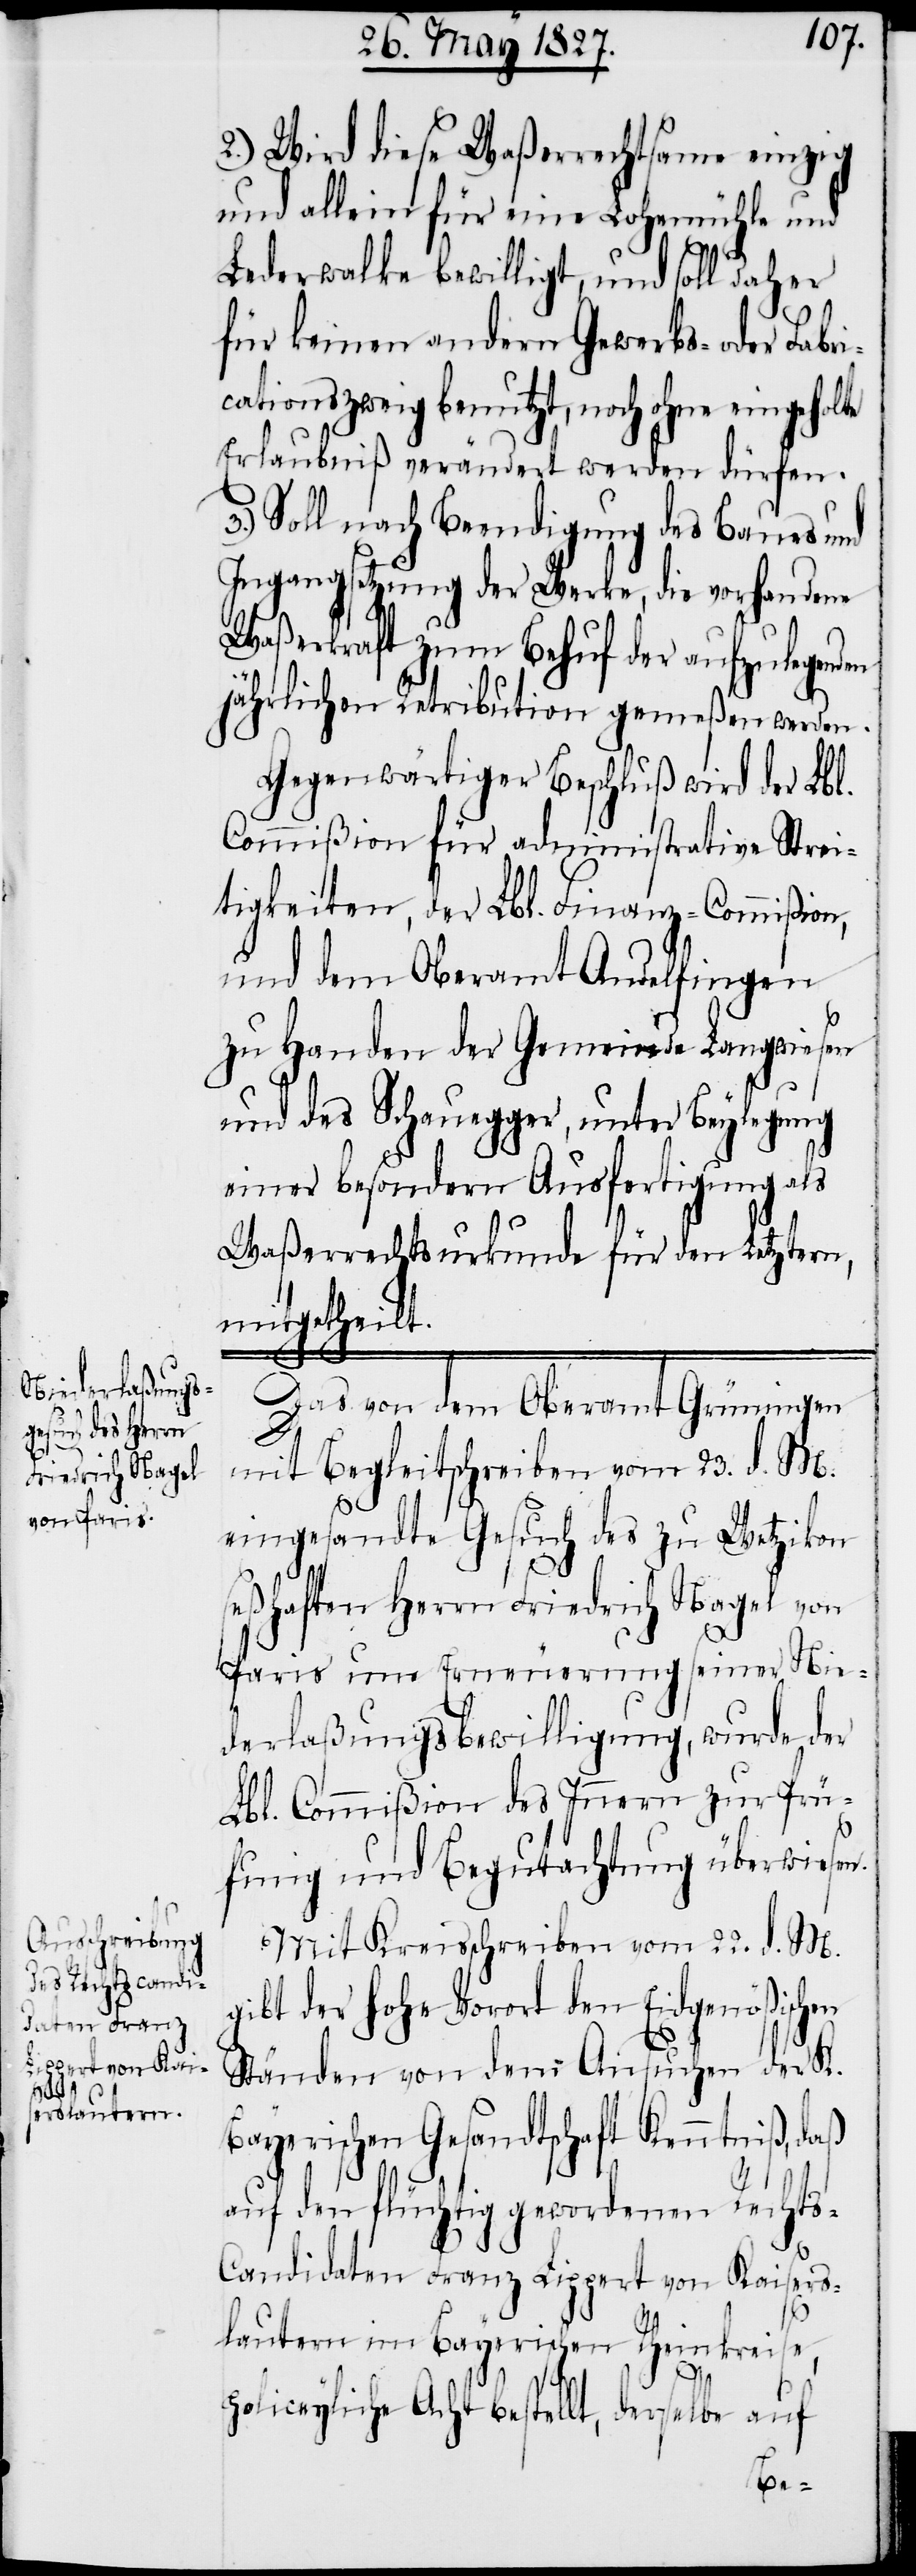
2.) Wird diese Waßerrechtsame einzig
und allein für eine Lohemühle und
Lederwalke bewilligt, und soll daher
für keinen andern Gewerbs- oder Fabri¬
kationszweig benutzt, noch ohne eingehohl¬
Erlaubniß verändert werden dürfen.
3.) Soll nach Beendigung des Baues und
Ingangsetzung der Werke, die vorhandene
Waßerkraft zum Behuf der aufzulegen¬
jährlichen Retributionen gemeßen werden.
Gegenwärtiger Beschluß wird der Lbl.
Commißion für administrative Strei¬
tigkeiten, der Lbl. Finanz-Commißion,
und dem Oberamt Andelfingen
zu Handen der Gemeinde Langwiesen
und des Schauegger, unter Beylegung
einer besondern Ausfertigung als
Waßerrechtsurkunde für den letztern,
mitgetheilt.
Das von dem Oberamt Grüningen
mit Begleitschreiben vom 23. d. M.
eingesandte Gesuch des zu Wetzikon
seßhaften Herrn Friedrich Nagel von
Paris um Erneuerung seiner Nie¬
derlaßungsbewilligung, wurde der
Lbl. Commißion des Innern zur Prü¬
fung und Begutachtung überwiesen.
Mit Kreisschreiben vom 22. d. M.
gibt der Hohe Vorort den Eidgenößischen
Ständen von dem Ansuchen der K.
Bayerischen Gesandtschaft Kenntniß, daß
auf den flüchtig gewordenen Rechts¬
candidaten Franz Lippert von Kaisers¬
lautern im Bayrischen Rheinkreise,
den
policeyliche Acht bestellt, derselbe auf